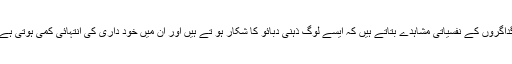
گداگروں کے نفسیاتی مشاہدے بتاتے ہیں کہ ایسے لوگ ذہنی دبائو کا شکار ہو تے ہیں اور ان میں خود داری کی انتہائی کمی ہوتی ہے۔